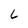
Character: 6